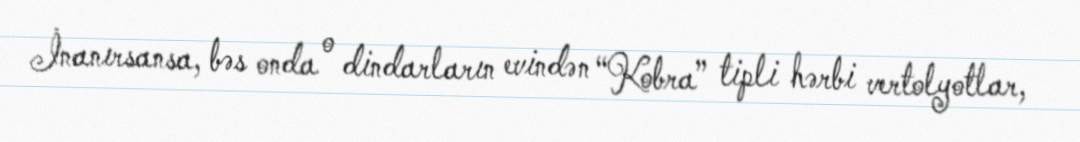
İnanırsansa, bəs onda o dindarların evindən “Kobra” tipli hərbi vertolyotlar,